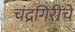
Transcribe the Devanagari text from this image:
चंद्रगिरींचे